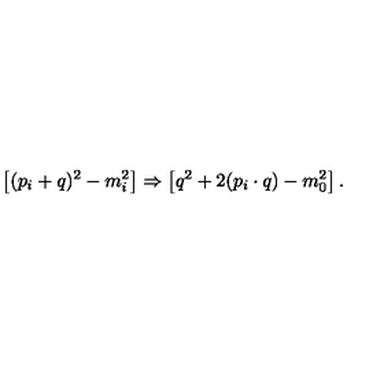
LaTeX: \left[ ( p _ { i } + q ) ^ { 2 } - m _ { i } ^ { 2 } \right] \Rightarrow \left[ q ^ { 2 } + 2 ( p _ { i } \cdot q ) - m _ { 0 } ^ { 2 } \right] .